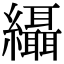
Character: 䌰